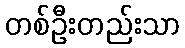
တစ်ဦးတည်းသာ